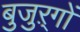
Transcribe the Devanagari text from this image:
बुजुऱ्गों